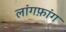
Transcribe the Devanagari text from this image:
लांगफ़ांग